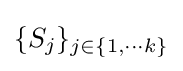
\{S_{j}\}_{j\in \{1,\cdots k\}}